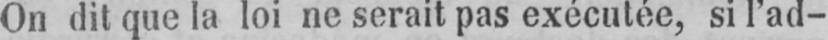
On dit que la loi ne serait pas exécutée, si l’ad-